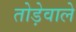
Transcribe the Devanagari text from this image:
तोड़ेवाले